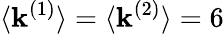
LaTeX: \langle\mathbf{k}^{(1)}\rangle=\langle\mathbf{k}^{(2)}\rangle=6